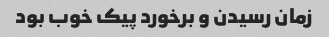
زمان رسیدن و برخورد پیک خوب بود